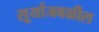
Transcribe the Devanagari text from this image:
सूर्याजवळील